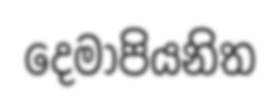
දෙමාපියනිත